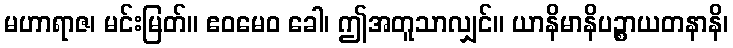
မဟာရာဇ၊ မင်းမြတ်။ ဧဝမေဝ ခေါ၊ ဤအတူသာလျှင်။ ယာနိမာနိပဉ္စာယတနာနိ၊